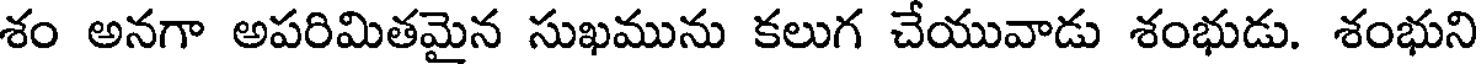
శం అనగా అపరిమితమైన సుఖమును కలుగ చేయువాడు శంభుడు. శంభుని